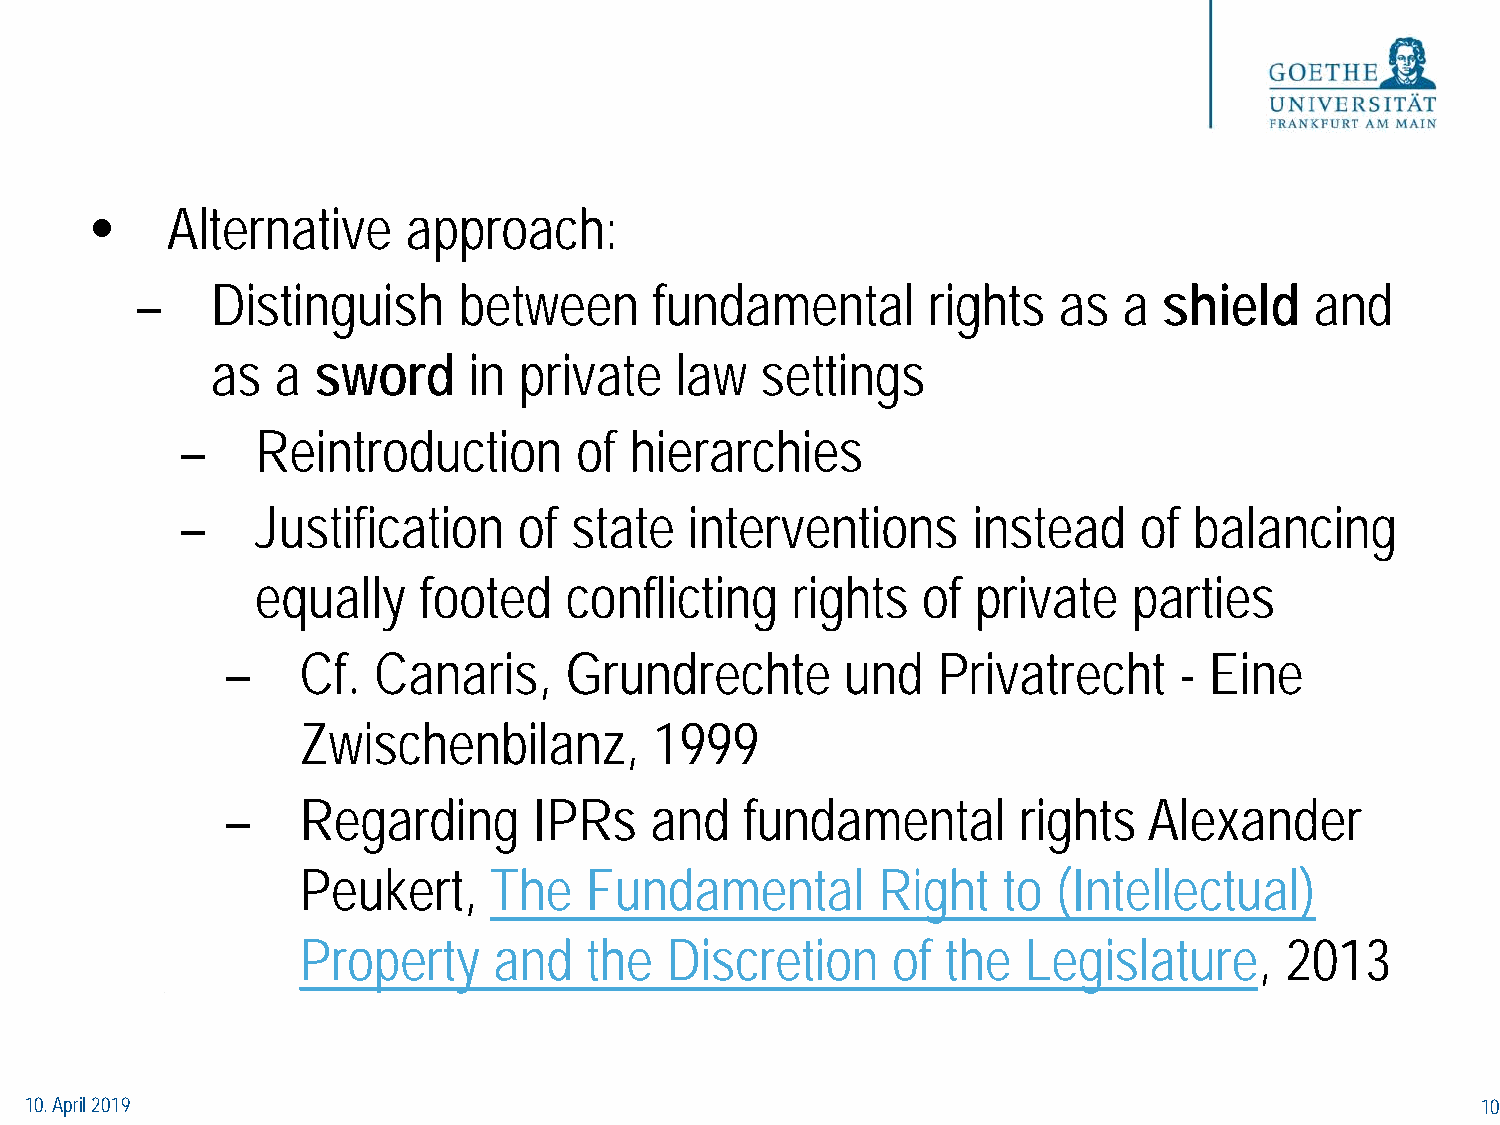
•    Alternative     approach:
 –    Distinguish     between      fundamental       rights   as  a  shield    and
 as  a  sword     in private    law  settings
 –    Reintroduction       of  hierarchies
 –    Justification    of  state   interventions     instead    of  balancing
 equally    footed   conflicting    rights   of  private   parties
 –    Cf.  Canaris,    Grundrechte        und   Privatrecht     - Eine
 Zwischenbilanz,        1999
 –    Regarding      IPRs    and   fundamental        rights  Alexander
 Peukert,    The    Fundamental        Right   to  (Intellectual)
 Property     and   the  Discretion     of  the  Legislature,     2013
 10. April 2019                                                                                  10